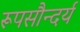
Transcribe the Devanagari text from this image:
रूपसौन्दर्य